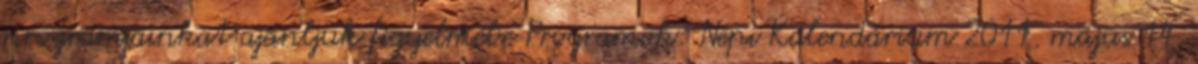
programjainkat ajánljuk figyelmébe Programok: Népi Kalendárium 2011. május 14.